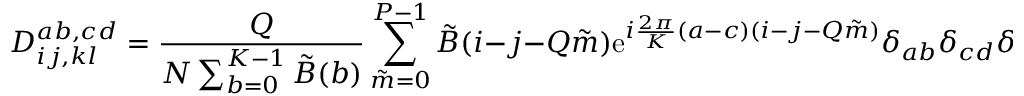
D _ { i j , k l } ^ { a b , c d } = { \frac { Q } { N \sum _ { b = 0 } ^ { K - 1 } \tilde { B } ( b ) } } \sum _ { \tilde { m } = 0 } ^ { P - 1 } \tilde { B } ( i - j - Q \tilde { m } ) \mathrm { e } ^ { i { \frac { 2 \pi } { K } } ( a - c ) ( i - j - Q \tilde { m } ) } \delta _ { a b } \delta _ { c d } \delta _ { i l } \delta _ { j k } .